Civil Veterinary Department. Madras. Admin. report 1926-33 - 1926-1933
Year: 1926
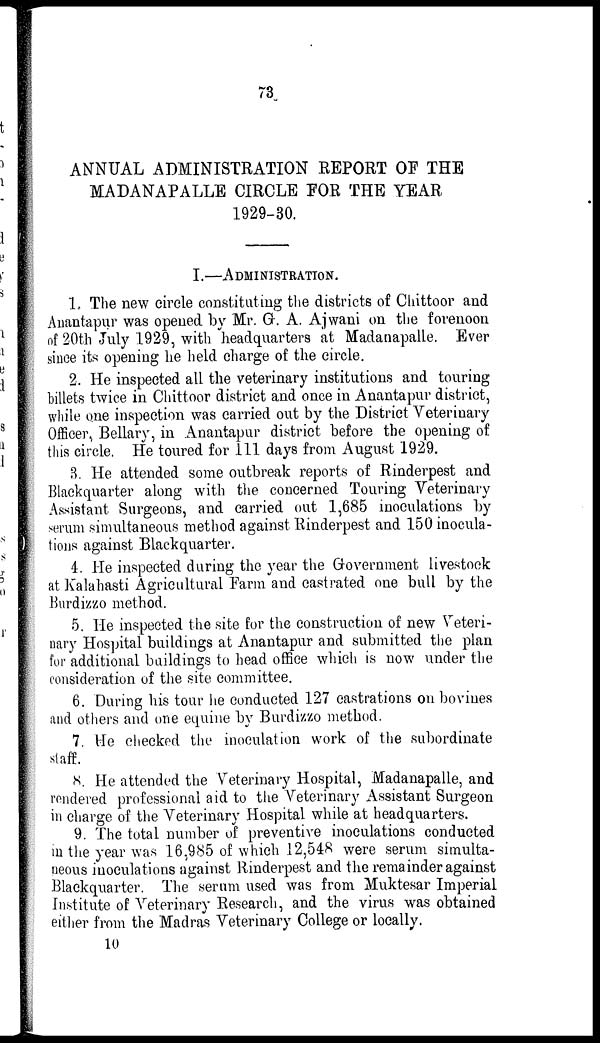
73
ANNUAL ADMINISTRATION REPORT OF THE
MADANAPALLE CIRCLE FOR THE YEAR
1929-30.
I.—ADMINISTRATION.
1. The new circle constituting the districts of Chittoor and
Anantapur was opened by Mr. G. A. Ajwani on the forenoon
of 20th July 1929, with headquarters at Madanapalle. Ever
since its opening he held charge of the circle.
2. He inspected all the veterinary institutions and touring
billets twice in Chittoor district and once in Anantapur district,
while one inspection was carried out by the District Veterinary
Officer, Bellary, in Anantapur district before the opening of
this circle. He toured for 111 days from August 1929.
3. He attended some outbreak reports of Rinderpest and
Blackquarter along with the concerned Touring Veterinary
Assistant Surgeons, and carried out 1,685 inoculations by
serum simultaneous method against Rinderpest and 150 inocula-
tions against Blackquarter.
4. He inspected during the year the Government livestock
at Kalahasti Agricultural Farm and castrated one bull by the
Burdizzo method.
5. He inspected the site for the construction of new Veteri-
nary Hospital buildings at Anantapur and submitted the plan
for additional buildings to head office which is now under the
consideration of the site committee.
6. During his tour he conducted 127 castrations on bovines
and others and one equine by Burdizzo method.
7. He checked the inoculation work of the subordinate
staff.
8. He attended the Veterinary Hospital, Madanapalle, and
rendered professional aid to the Veterinary Assistant Surgeon
in charge of the Veterinary Hospital while at headquarters.
9. The total number of preventive inoculations conducted
in the year was 16,985 of which 12,548 were serum simulta-
neous inoculations against Rinderpest and the remainder against
Blackquarter. The serum used was from Muktesar Imperial
Institute of Veterinary Research, and the virus was obtained
either from the Madras Veterinary College or locally.
10